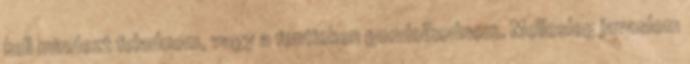
kell mindezt feladnom, vagy a fentieken gondolkodnom. Mellesleg javaslom